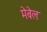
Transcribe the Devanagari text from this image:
मेबेल